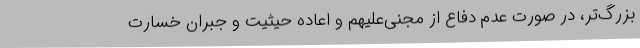
بزرگ‌تر، در صورت عدم دفاع از مجنی‌علیهم و اعاده حیثیت و جبران خسارت